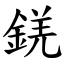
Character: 錓